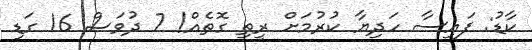
ކާޑު: ފައިސާ ހަދިޔާ ކުރުމަށް ރީތި ގޮތެއް! 7 ދުވަސް 16 ގަޑި